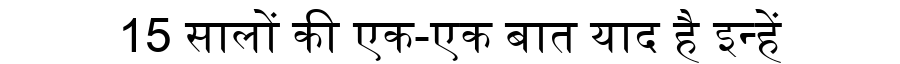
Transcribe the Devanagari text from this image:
15 सालों की एक-एक बात याद है इन्हें